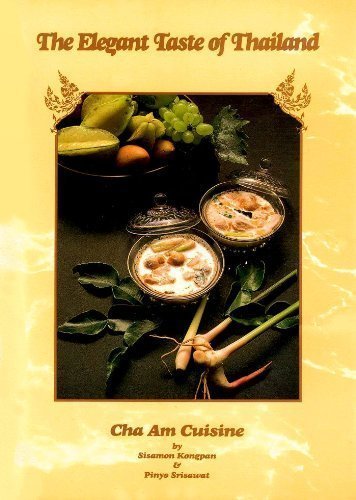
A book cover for The Elegant Taste of Thailand: Cha Am Cuisine; Sisamo Kongpan; Cookbooks, Food & Wine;